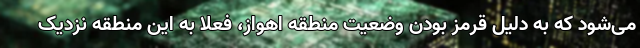
می‌شود که به دلیل قرمز بودن وضعیت منطقه اهواز، فعلا به این منطقه نزدیک